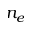
n _ { e }